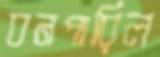
বনপারিল